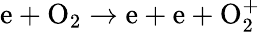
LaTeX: \mathrm{e+O_{2}\to e+e+O_{2}^{+}}